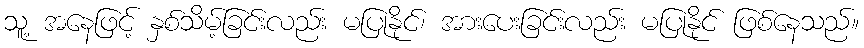
သူ့ အနေဖြင့် နှစ်သိမ့်ခြင်းလည်း မပြုနိုင်၊ အားပေးခြင်းလည်း မပြုနိုင် ဖြစ်နေသည်။